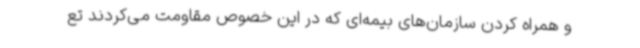
و همراه کردن سازمان‌های بیمه‌ای که در این خصوص مقاومت می‌کردند تع